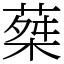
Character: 𦵴